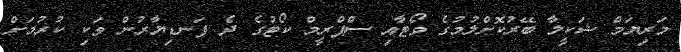
މަރިޔަމް ޝަކީލާ ބޭރުކޮށްލުމުގެ ވޯޓާއި ސްޕްރީމް ކޯޓުގެ ދެ ފަނޑިޔާރުން ވަކި ކުރުމަށް